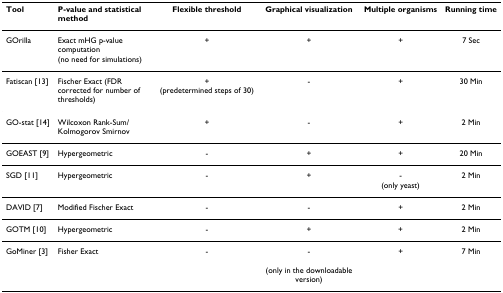
<table><thead><tr><td><b>Tool</b></td><td><b>P-value and statistical method</b></td><td><b>Flexible threshold</b></td><td><b>Graphical visualization</b></td><td><b>Multiple organisms</b></td><td><b>Running time</b></td></tr></thead><tbody><tr><td>GOrilla</td><td>Exact mHG p-value computation (no need for simulations)</td><td>+</td><td>+</td><td>+</td><td>7 Sec</td></tr><tr><td>Fatiscan [13]</td><td>Fischer Exact (FDR corrected for number of thresholds)</td><td>+(predetermined steps of 30)</td><td>-</td><td>+</td><td>30 Min</td></tr><tr><td>GO-stat [14]</td><td>Wilcoxon Rank-Sum/Kolmogorov Smirnov</td><td>+</td><td>-</td><td>+</td><td>2 Min</td></tr><tr><td>GOEAST [9]</td><td>Hypergeometric</td><td>-</td><td>+</td><td>+</td><td>20 Min</td></tr><tr><td>SGD [11]</td><td>Hypergeometric</td><td>-</td><td>+</td><td>-(only yeast)</td><td>2 Min</td></tr><tr><td>DAVID [7]</td><td>Modified Fischer Exact</td><td>-</td><td>-</td><td>+</td><td>2 Min</td></tr><tr><td>GOTM [10]</td><td>Hypergeometric</td><td>-</td><td>+</td><td>+</td><td>2 Min</td></tr><tr><td>GoMiner [3]</td><td>Fisher Exact</td><td>-</td><td>-(only in the downloadable version)</td><td>+</td><td>7 Min</td></tr></tbody></table>